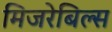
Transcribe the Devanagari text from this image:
मिजरेबिल्स